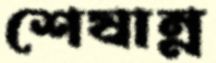
শেষান্ন